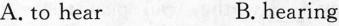
A. to hear B. hearing